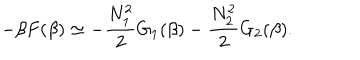
- \beta F ( \beta ) \simeq - \frac { N _ { 1 } ^ { 2 } } { 2 } G _ { 1 } ( \beta ) - \frac { N _ { 2 } ^ { 2 } } { 2 } G _ { 2 } ( \beta ) .